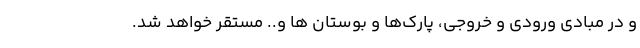
و در مبادی ورودی و خروجی، پارک‌ها و بوستان ها و.. مستقر خواهد شد.